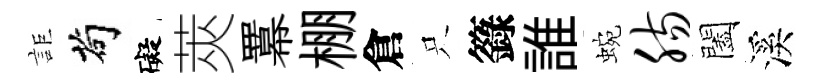
詎茍礙莢羃棚倉只籙誰蜿肠闔溪